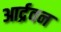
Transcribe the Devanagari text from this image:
आर्द्रवन